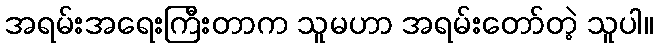
အရမ်းအရေးကြီးတာက သူမဟာ အရမ်းတော်တဲ့ သူပါ။